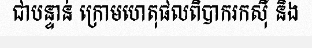
ជាបន្ទាន់ ក្រោមហេតុផលពិបាករកស៊ី និង